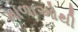
માળાઓથી